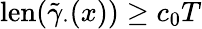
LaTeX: \mathrm{len}(\tilde{\gamma}_{\cdot}(x))\geq c_{0}T